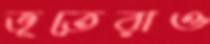
ভূতেরাও